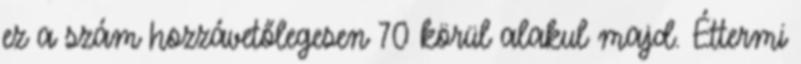
ez a szám hozzávetőlegesen 70 körül alakul majd. Éttermi